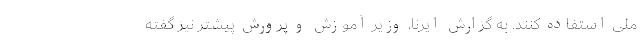
ملی استفاده کنند. به گزارش ایرنا، وزیر آموزش و پرورش پیشتر نیز گفته